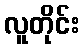
လူတိုင်း